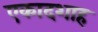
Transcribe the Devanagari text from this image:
एकादशाह